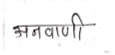
मजकूर: अनवाणी